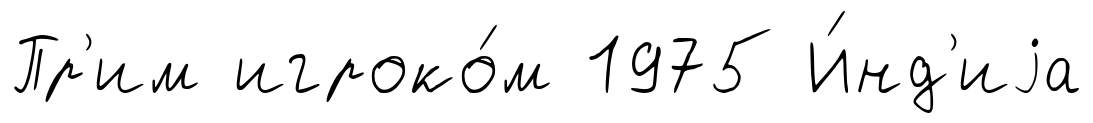
Пр'им игроко́м 1975 И́нд'иjа